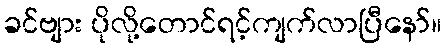
ခင်ဗျား ပိုလို့တောင်ရင့်ကျက်လာပြီနော်။